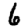
Digit: 6